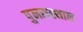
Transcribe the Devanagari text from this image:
पुनरुस्थान